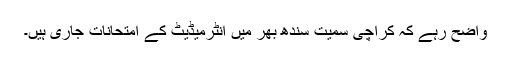
واضح رہے کہ کراچی سمیت سندھ بھر میں انٹرمیڈیٹ کے امتحانات جاری ہیں۔